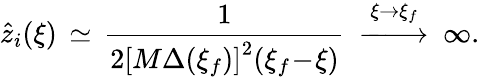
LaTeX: \hat{z}_{i}(\xi)\, \simeq\, \frac{1}{2\left[M\Delta(\xi_{f})\right]^{2}(\xi_{f}\! -\! \xi)}\: \stackrel{\xi\to\xi_{f}}{-\! \! \! -\! \! \! \longrightarrow}\: \infty.